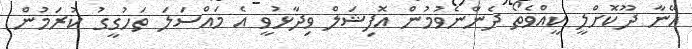
އޭނާ ދޫކޮށްލީ ކީއްވެތޯ ދެންނެވުމުން އޮފިޝަލް ވިދާޅުވީ އެ މައްސަލަ ތަހުގީގު ކުރަމުން